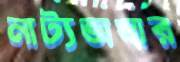
নাট্যভাষার